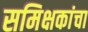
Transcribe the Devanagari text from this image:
समिक्षकांचा